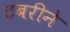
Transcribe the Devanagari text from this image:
टबरीने